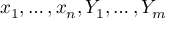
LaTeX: x _ { 1 } , \dots , x _ { n } , Y _ { 1 } , \dots , Y _ { m }